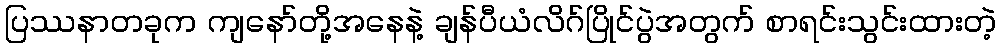
ပြဿနာတခုက ကျနော်တို့အနေနဲ့ ချန်ပီယံလိဂ်ပြိုင်ပွဲအတွက် စာရင်းသွင်းထားတဲ့